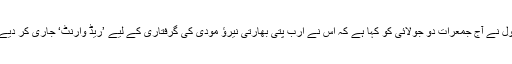
انٹرپول نے آج جمعرات دو جولائی کو کہا ہے کہ اس نے ارب پتی بھارتی نیرؤ مودی کی گرفتاری کے لیے ’ریڈ وارنٹ‘ جاری کر دیے ہیں۔